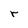
Character: r